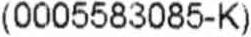
(0005583085-K)